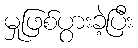
မှုဖြစ်ပွားခဲ့ပြီး